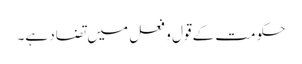
حکومت کے قول و فعل میں تضاد ہے۔